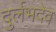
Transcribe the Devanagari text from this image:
दुर्लभदेव